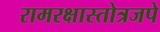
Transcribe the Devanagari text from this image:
रामरक्षास्तोत्रजपे